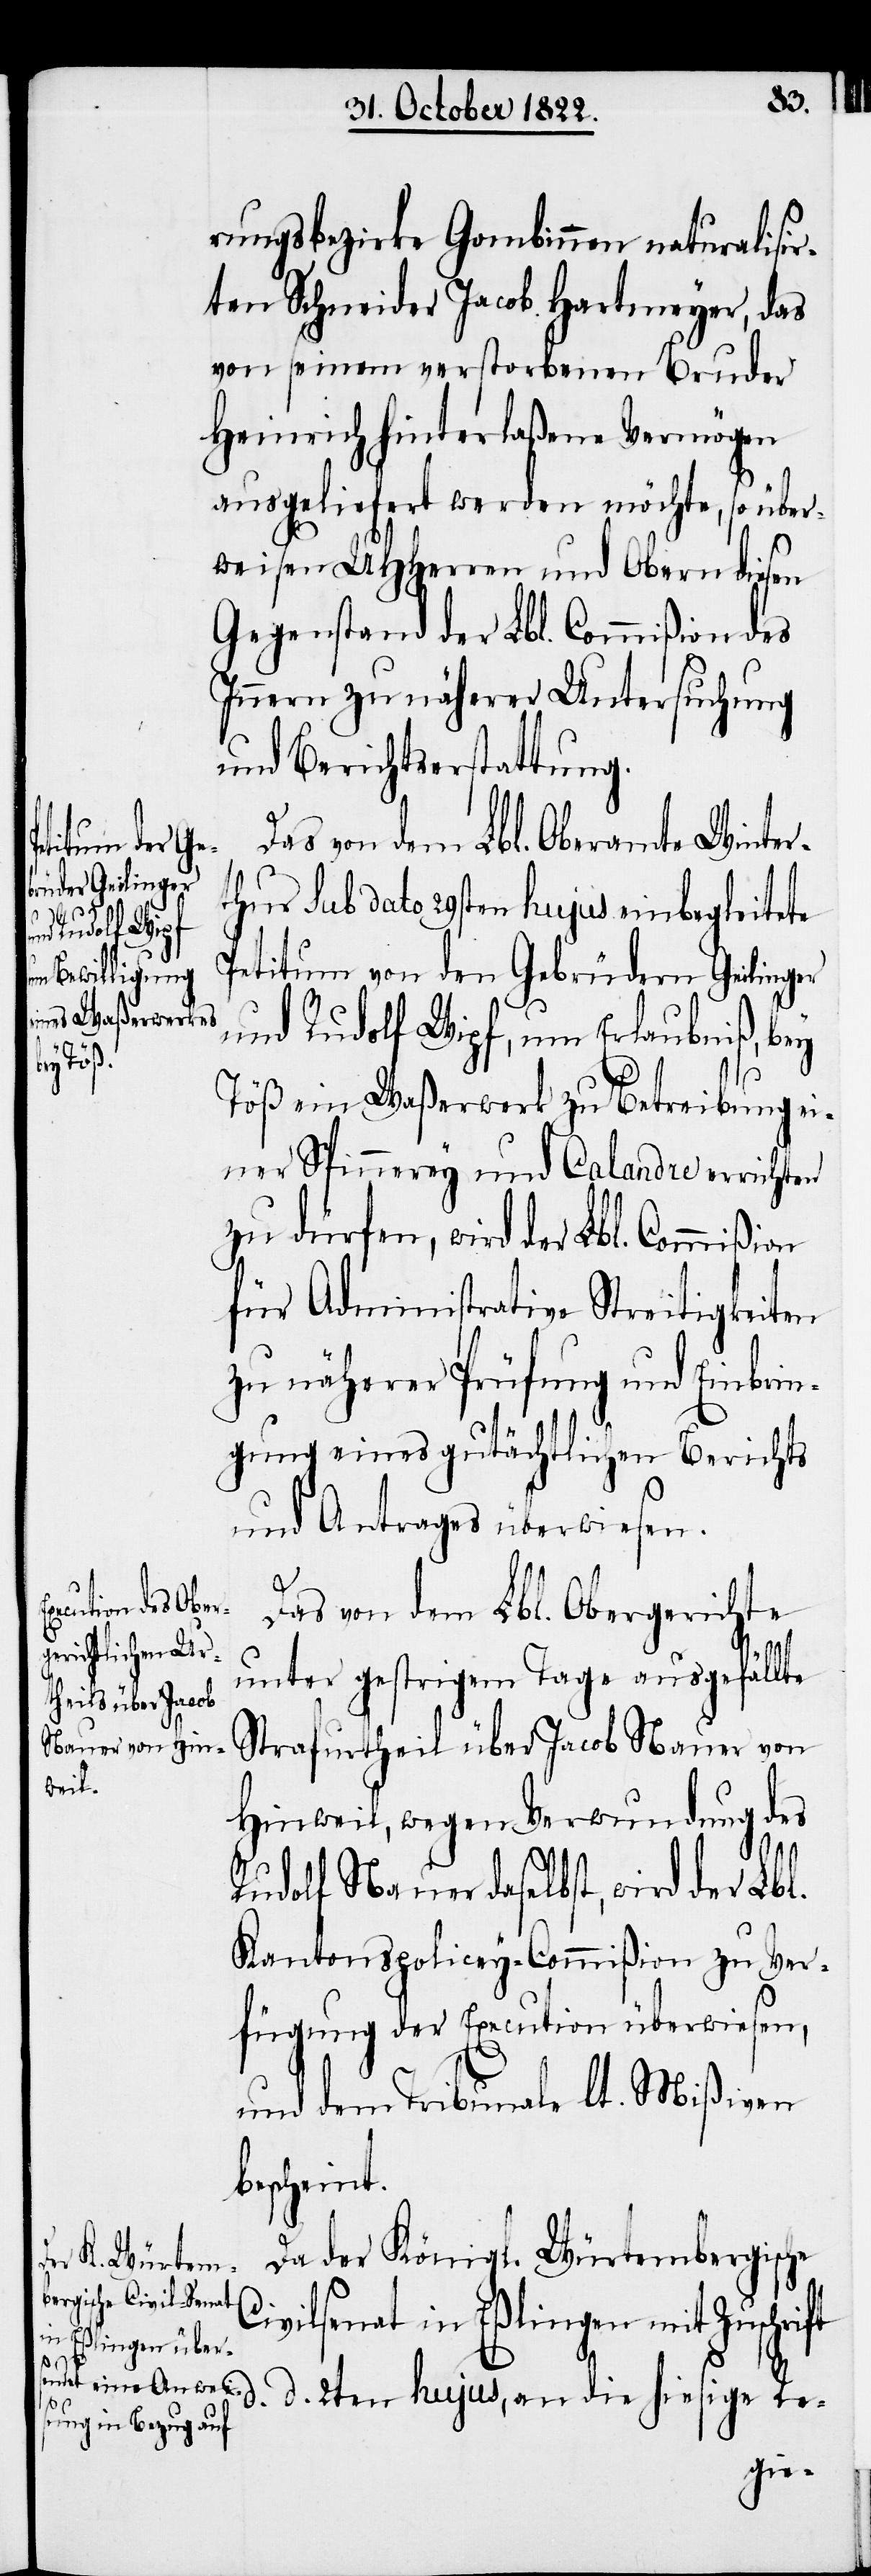
rungsbezirke Gombinnen naturalisir¬
ten Schneider Jacob Hartmeyer, das
von seinem verstorbenen Bruder
Heinrich hinterlaßene Vermögen
ausgeliefert werden möchte, so über¬
weisen UHHerren und Obern diesen
Gegenstand der Lbl. Commißion des
Innern zu näherer Untersuchung
und Berichtserstattung.
Das von dem Lbl. Oberamte Winter¬
thur sub dato 29sten hujus einbegleitete
Petitum von den Gebrüdern Geilinger
und Rudolf Wipf, um Erlaubniß, bey
Töß ein Waßerwerk zu Betreibung ei¬
ner Spinnerey und Calandre errichten
zu dürfen, wird der Lbl. Commißion
für Administrative Streitigkeiten
zu näherer Prüfung und Einbrin¬
gung eines gutächtlichen Berichts
und Antrages überwiesen.
d.
Das von dem Lbl. Obergerichte
unter gestrigem Tage ausgefällte
Strafurtheil über Jacob Nauer von
Hinweil, wegen Verwundung des
Rudolf Nauer daselbst, wird der Lbl.
Kantonspolicey-Commißion zu Ver¬
fügung der Execution überwiesen,
und dem Tribunale lt. Mißiven
bescheint.
Da der Königl. Würtembergische
Civilsenat in Eßlingen mit Zuschrift
die